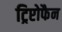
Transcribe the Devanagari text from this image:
ट्रिप्टोफैन